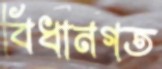
বিধানগত